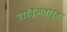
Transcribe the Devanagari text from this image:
रादिअतोर्स